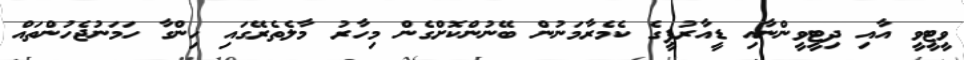
ވީޓީވީ އާއި ދިޓީވީންނާއި ޑީއާރުޕީގެ ކެމެރާމަނުން ބޭނުންކޮށްގެން މިހާރު މާލެތެރޭގައި ހިންގާ ހަމަނުޖެހުންތައް